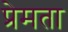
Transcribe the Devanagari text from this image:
प्रेमता